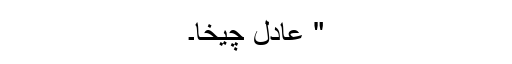
" عادل چیخا۔